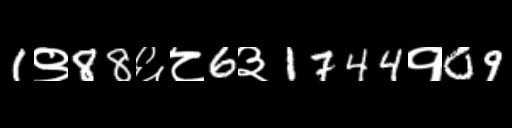
Text: 1९88६८6३1744१09